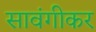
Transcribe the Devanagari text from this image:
सावंगीकर